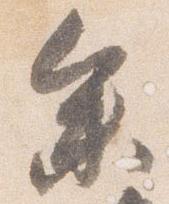
参